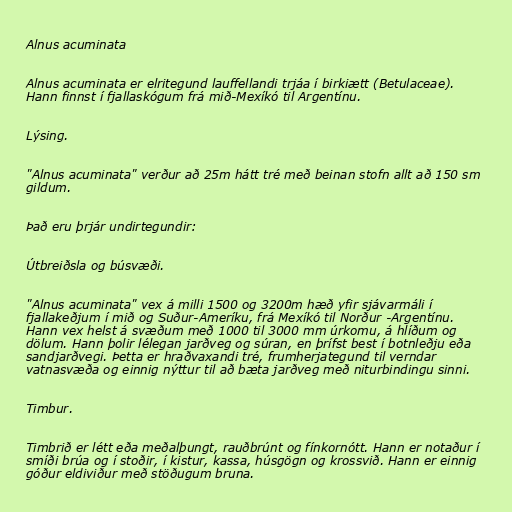
Alnus acuminata

Alnus acuminata er elritegund lauffellandi trjáa í birkiætt (Betulaceae).
Hann finnst í fjallaskógum frá mið-Mexíkó til Argentínu.

Lýsing.

"Alnus acuminata" verður að 25m hátt tré með beinan stofn allt að 150 sm
gildum.

Það eru þrjár undirtegundir:

Útbreiðsla og búsvæði.

"Alnus acuminata" vex á milli 1500 og 3200m hæð yfir sjávarmáli í
fjallakeðjum í mið og Suður-Ameríku, frá Mexíkó til Norður -Argentínu.
Hann vex helst á svæðum með 1000 til 3000 mm úrkomu, á hlíðum og
dölum. Hann þolir lélegan jarðveg og súran, en þrífst best í botnleðju eða
sandjarðvegi. Þetta er hraðvaxandi tré, frumherjategund til verndar
vatnasvæða og einnig nýttur til að bæta jarðveg með niturbindingu sinni.

Timbur.

Timbrið er létt eða meðalþungt, rauðbrúnt og fínkornótt. Hann er notaður í
smíði brúa og í stoðir, í kistur, kassa, húsgögn og krossvið. Hann er einnig
góður eldiviður með stöðugum bruna.